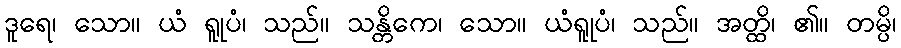
ဒူရေ၊ သော။ ယံ ရူုပံ၊ သည်။ သန္တိကေ၊ သော။ ယံရူုပံ၊ သည်။ အတ္ထိ၊ ၏။ တမ္ပိ၊